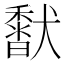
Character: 𩡍